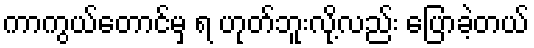
ကာကွယ်တောင်မှ ရ ဟုတ်ဘူးလို့လည်း ပြောခဲ့တယ်